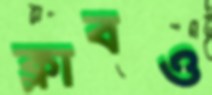
ক্লাবও